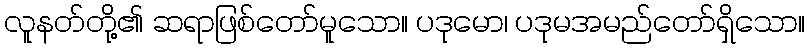
လူနတ်တို့၏ ဆရာဖြစ်တော်မူသော။ ပဒုမော၊ ပဒုမအမည်တော်ရှိသော။